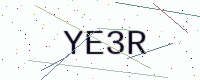
Text: YE3R